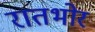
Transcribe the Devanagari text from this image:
रातभोर